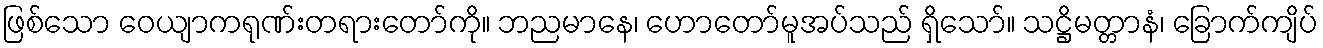
ဖြစ်သော ဝေယျာကရုဏ်းတရားတော်ကို။ ဘညမာနေ၊ ဟောတော်မူအပ်သည် ရှိသော်။ သဋ္ဌိမတ္တာနံ၊ ခြောက်ကျိပ်